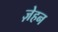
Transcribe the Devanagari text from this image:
ज़ेहन